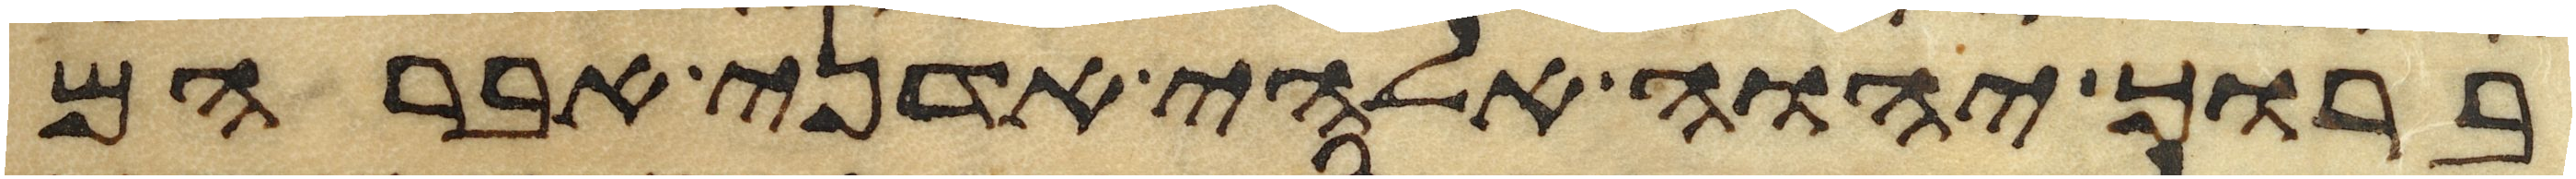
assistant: ברוך יהוה אלהי אדני אברהם